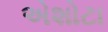
એશોટા